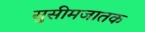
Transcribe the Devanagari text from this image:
सुसीमजातक